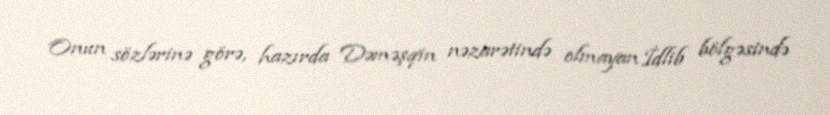
Onun sözlərinə görə, hazırda Dəməşqin nəzarətində olmayan İdlib bölgəsində